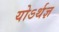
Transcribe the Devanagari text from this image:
योऽर्थज्ञ